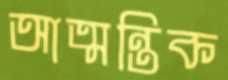
আত্মন্তিক